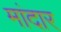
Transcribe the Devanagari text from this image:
मांदार